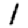
Digit: 1